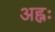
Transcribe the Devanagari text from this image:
अह्नः